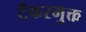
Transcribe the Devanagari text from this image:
टँकरमुक्त